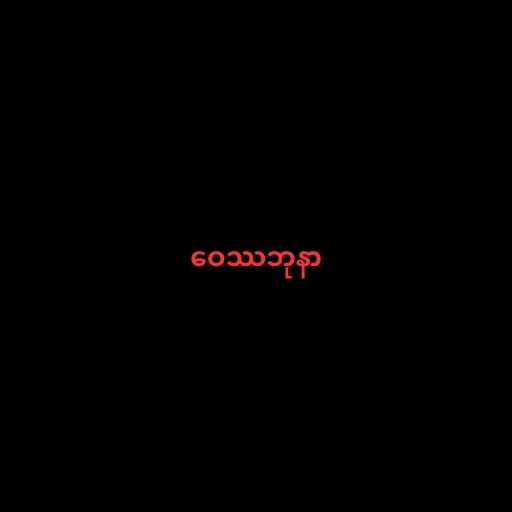
ဝေဿဘုနာ